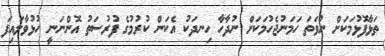
ތަޅާފޮޅުމަކަށް ނުވަތަ ހަމަނުޖެހުމަކަށް ނުދާހާ ހިނދަކު އެކަން ކުރުމުގެ ފުރުސަތު އޮންނަނީ ހުޅުވާލައިފަ